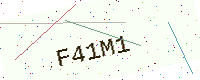
Text: F41M1